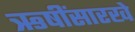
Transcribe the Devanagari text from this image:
ऋषींसारखे